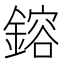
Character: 鎔